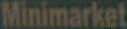
Minimarket